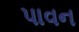
પાવન